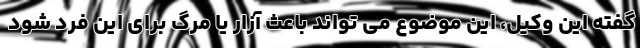
گفته این وکیل، این موضوع می تواند باعث آزار یا مرگ برای این فرد شود